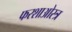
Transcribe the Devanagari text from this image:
फरशाओस्त्र